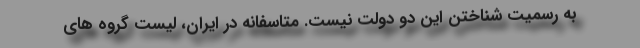
به رسمیت شناختن این دو دولت نیست. متاسفانه در ایران، لیست گروه های